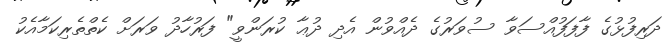
ދަރިފުޅުގެ ފާފަފުއްސަވާ ސުވަރުގެ ދެއްވުން އެދި ދުޢާ ކުރަންވީ" ފަރުހާދު ވަރަށް ކެތްތެރިކަމާއެކު